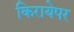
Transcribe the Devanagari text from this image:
किरायेपर